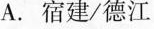
A.宿建/德江